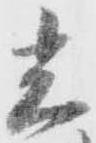
光